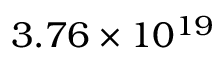
3 . 7 6 \times 1 0 ^ { 1 9 }